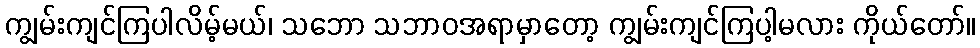
ကျွမ်းကျင်ကြပါလိမ့်မယ်၊ သဘော သဘာဝအရာမှာတော့ ကျွမ်းကျင်ကြပါ့မလား ကိုယ်တော်။